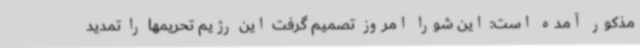
مذکور آمده است: این شورا امروز تصمیم گرفت این رژیم تحریمها را تمدید